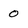
Character: 0